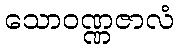
သောဝဏ္ဏဇာလံ